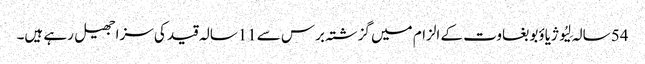
54 سالہ لِیُو ژیاؤبو بغاوت کے الزام میں گزشتہ برس سے11سالہ قید کی سزا جھیل رہے ہیں۔